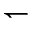
\leftharpoondown